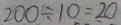
2 0 0 \div 1 0 = 2 0